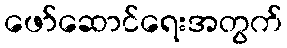
ဖော်ဆောင်ရေးအတွက်